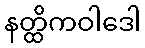
နတ္ထိကဝါဒေါ